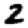
Digit: 2